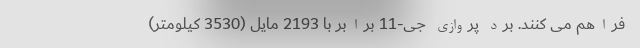
فراهم می کنند. برد پروازی جی-11 برابر با 2193 مایل (3530 کیلومتر)